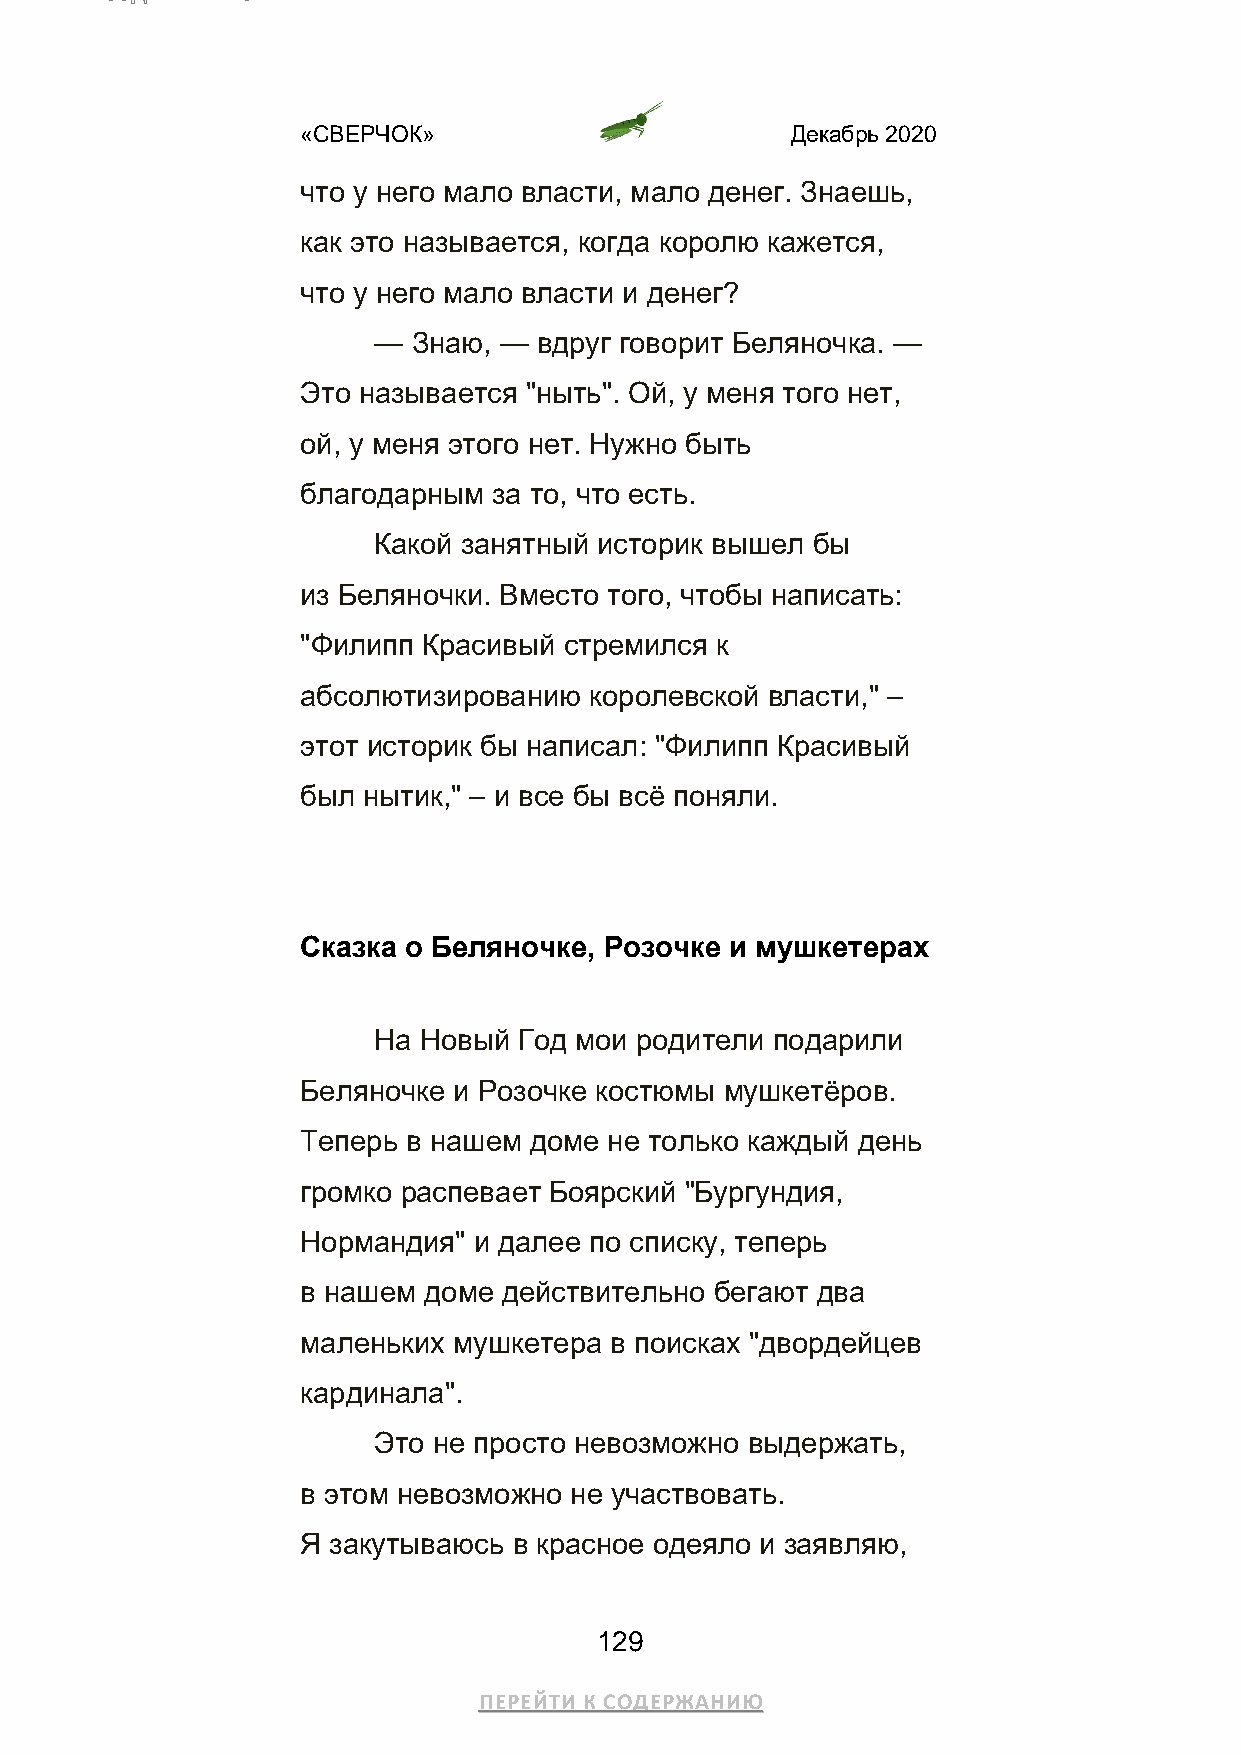
«СВЕРЧОК»                       Декабрь 2020
 что у него мало власти, мало денег. Знаешь,
 как это называется, когда королю кажется,
 что у него мало власти и денег?
 — Знаю, —  вдруг говорит Беляночка. —
 Это называется "ныть". Ой, у меня того нет,
 ой, у меня этого нет. Нужно быть
 благодарным  за то, что есть.
 Какой занятный историк вышел бы
 из Беляночки. Вместо того, чтобы написать:
 "Филипп Красивый стремился к
 абсолютизированию  королевской власти," –
 этот историк бы написал: "Филипп Красивый
 был нытик," – и все бы всё поняли.
 Сказка о Беляночке, Розочке и мушкетерах
 На Новый Год мои родители подарили
 Беляночке и Розочке костюмы мушкетёров.
 Теперь в нашем доме не только каждый день
 громко распевает Боярский "Бургундия,
 Нормандия" и далее по списку, теперь
 в нашем доме действительно бегают два
 маленьких мушкетера в поисках "двордейцев
 кардинала".
 Это не просто невозможно выдержать,
 в этом невозможно не участвовать.
 Я закутываюсь в красное одеяло и заявляю,
 129
 ПЕРЕЙТИ К СОДЕРЖАНИЮ